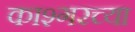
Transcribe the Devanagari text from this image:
काश्गरच्या